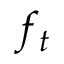
f _ { t }